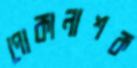
পোকানাশক